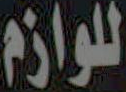
للوازم